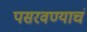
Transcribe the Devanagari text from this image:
पसरवण्याचं